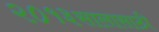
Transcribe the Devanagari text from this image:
२०१३सालासाठी